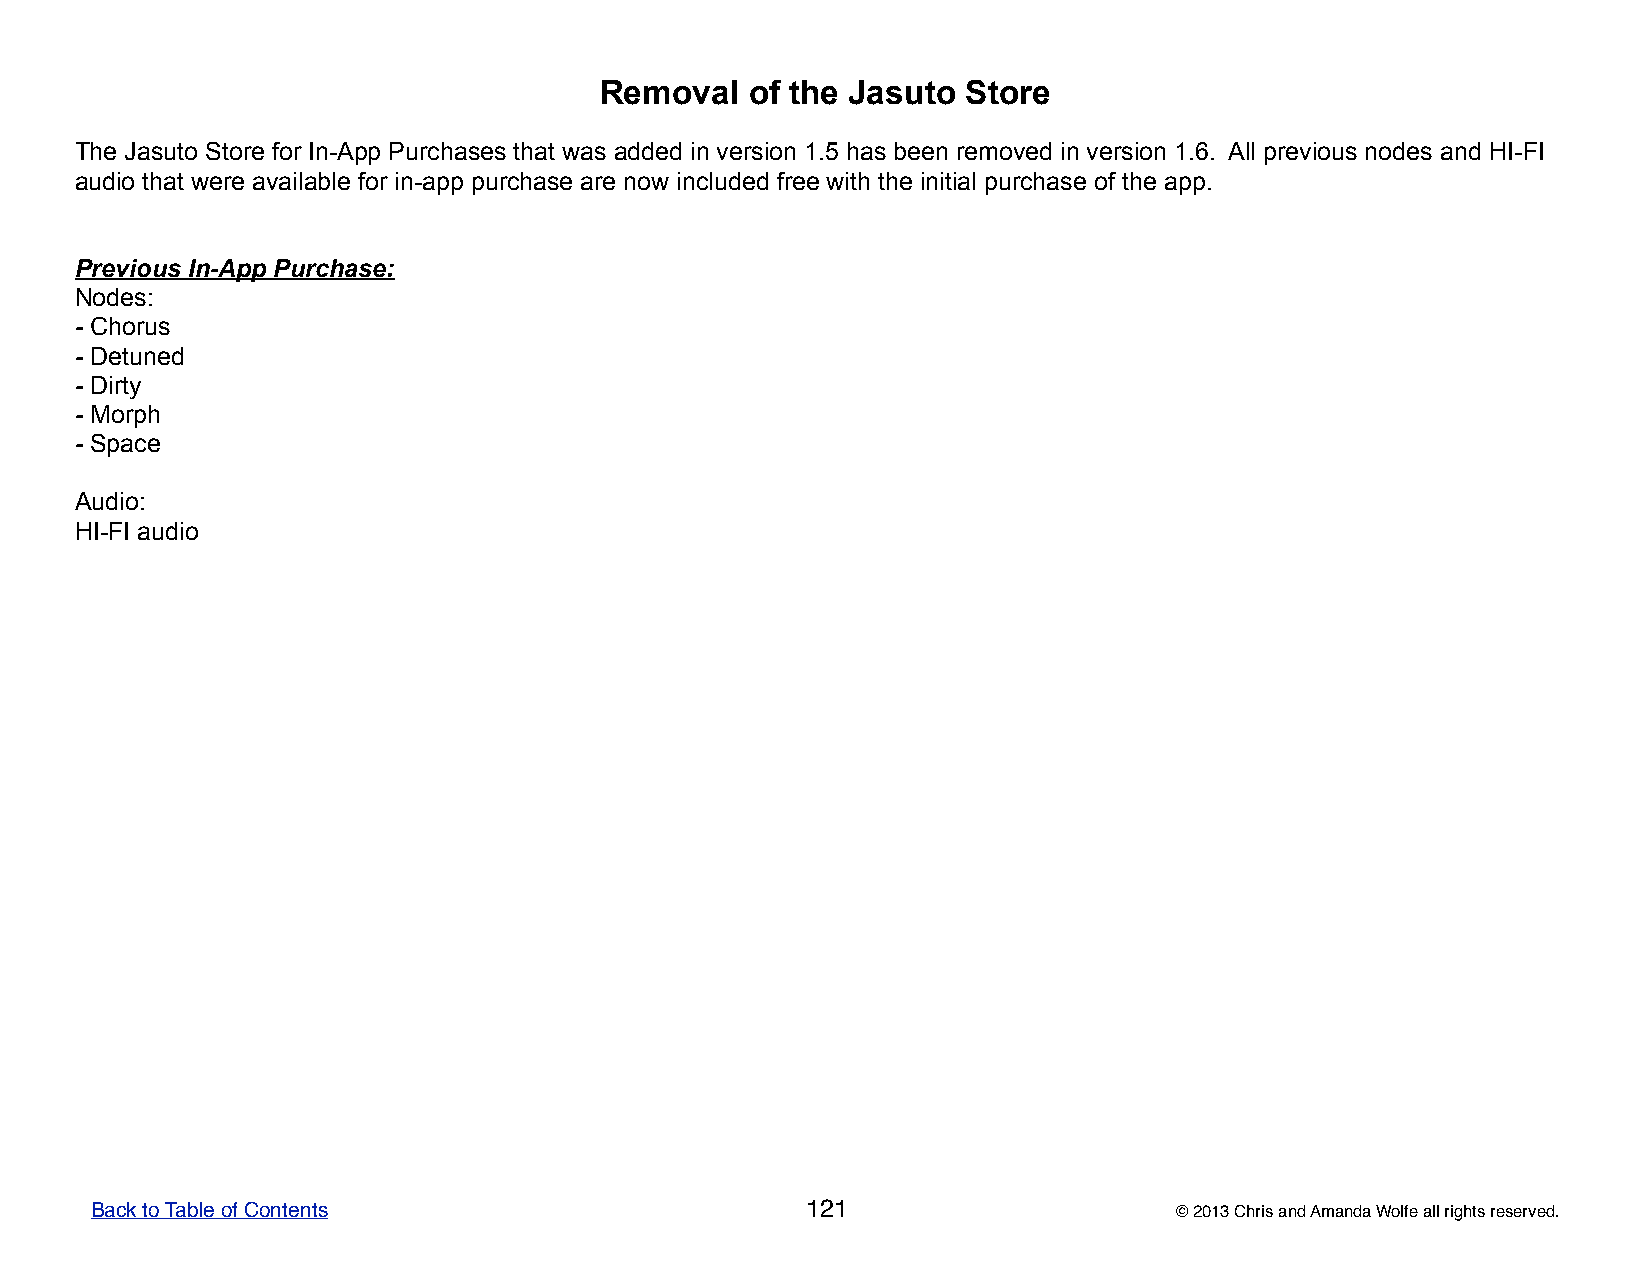
Removal   of the Jasuto Store
 The Jasuto Store for In-App Purchases that was added in version 1.5 has been removed in version 1.6. All previous nodes and HI-FI
 audio that were available for in-app purchase are now included free with the initial purchase of the app.
 Previous In-App Purchase:
 Nodes:
 - Chorus
 - Detuned
 - Dirty
 - Morph
 - Space
 Audio:
 HI-FI audio
 Back to Table of Contents                      121                      © 2013 Chris and Amanda Wolfe all rights reserved.